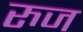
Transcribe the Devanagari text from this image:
रुज